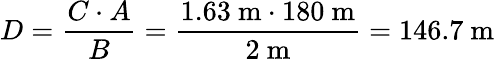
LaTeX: D={\frac{C\cdot A}{B}}={\frac{1.63~{\mathrm{m}}\cdot 180~{\mathrm{m}}}{2~{\mathrm{m}}}}=146.7~{\mathrm{m}}